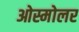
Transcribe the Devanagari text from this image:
ओस्मोलर